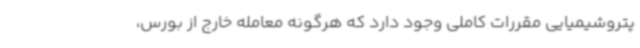
پتروشیمیایی مقررات کاملی وجود دارد که هرگونه معامله خارج از بورس،